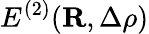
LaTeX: E^{(2)}({\mathbf R},\Delta\rho)